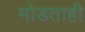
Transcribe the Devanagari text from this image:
मोडताही